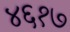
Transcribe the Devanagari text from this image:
४६१७